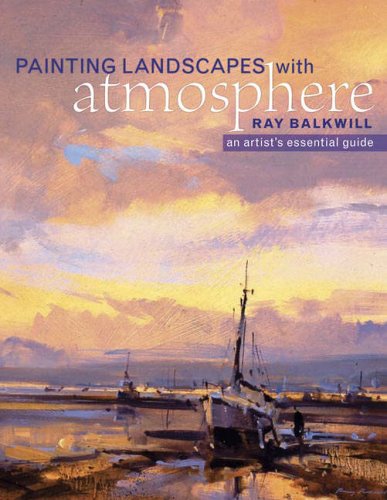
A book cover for Painting Landscapes with Atmosphere, An Artist's Essential Guide; Ray Balkwill; Arts & Photography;